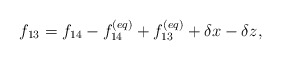
\begin{align*}{f_{13}} = {f_{14}} - f_{14}^{\left( {eq} \right)} + f_{13}^{\left( {eq} \right)} + \delta x - \delta z,\end{align*}